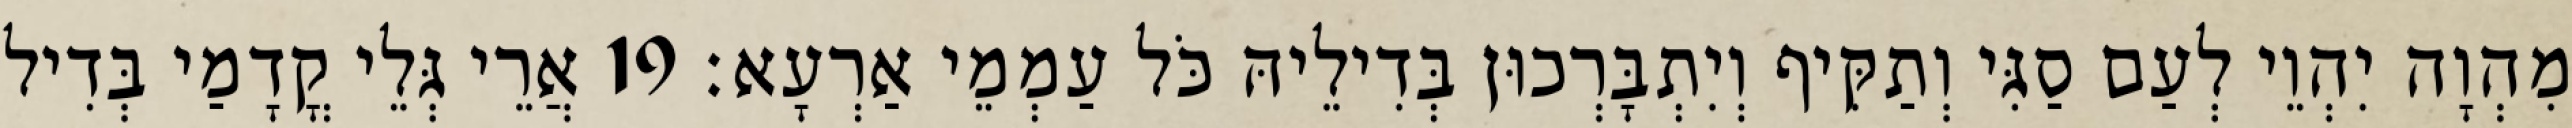
מִהְוָה יִהְוֵי לְעַם סַגִּי וְתַקִּיף וְיִתְבָּרְכוּן בְּדִילֵיהּ כֹּל עַמְמֵי אַרְעָא׃ 19 אֲרֵי גְּלֵי קֳדָמַי בְּדִיל